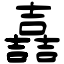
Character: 嚞